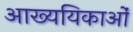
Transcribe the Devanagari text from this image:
आख्ययिकाओं